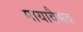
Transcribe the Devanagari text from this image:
मायावैभव